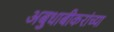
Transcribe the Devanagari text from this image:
अबुधाबीकरांच्या